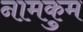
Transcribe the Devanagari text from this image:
नामकुम